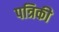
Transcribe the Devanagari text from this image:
पत्रिकी